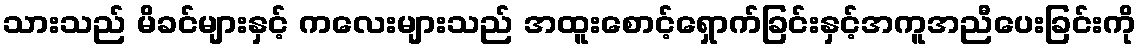
သားသည် မိခင်များနှင့် ကလေးများသည် အထူးစောင့်ရှောက်ခြင်းနှင့်အကူအညီပေးခြင်းကို